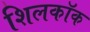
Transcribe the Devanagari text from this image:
शिलकॉक